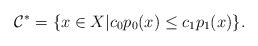
LaTeX: \begin{align*}\mathcal C^*=\{x\in X |c_0p_0(x)\le c_1p_1(x)\}.\end{align*}